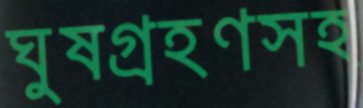
ঘুষগ্রহণসহ